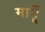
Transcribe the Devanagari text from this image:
मामूँ